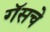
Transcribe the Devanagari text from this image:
गॅसचे